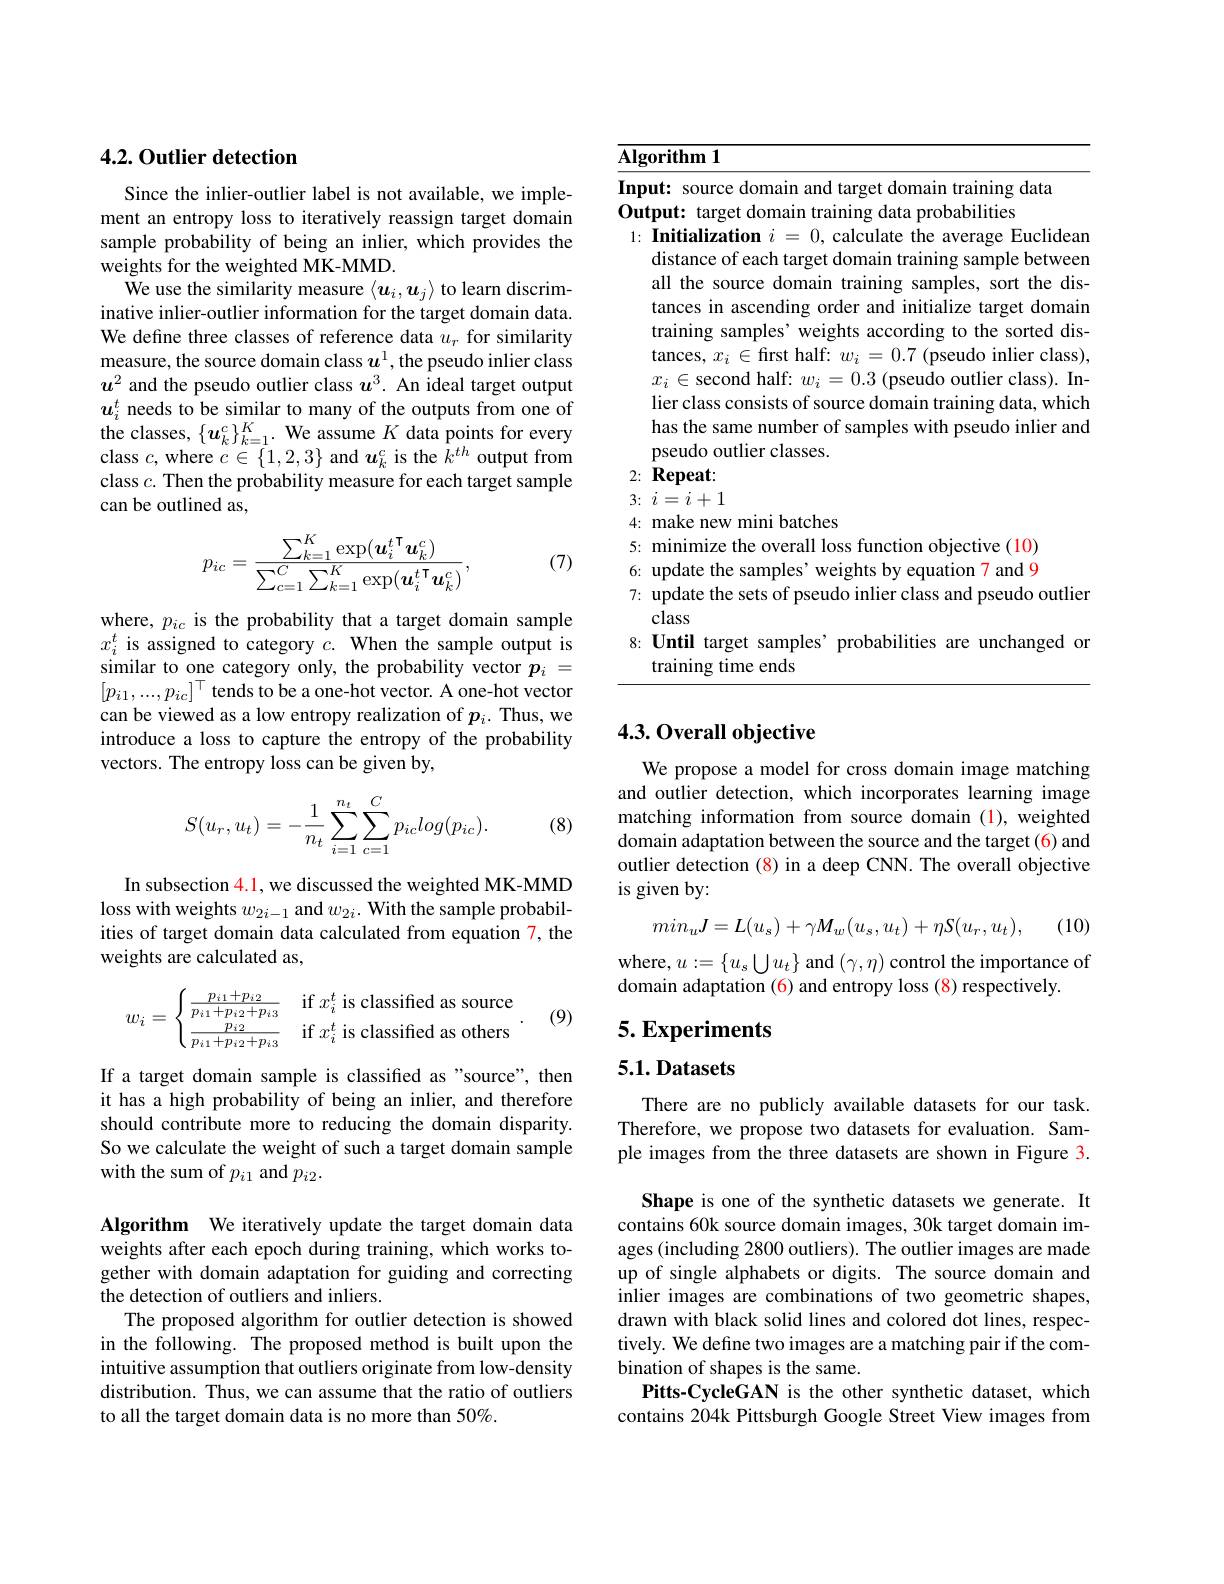
### 4.2. Outlier detection

Since the inlier-outlier label is not available, we implement an entropy loss to iteratively reassign target domain sample probability of being an inlier, which provides the weights for the weighted MK-MMD.
We use the similarity measure $\langle\boldsymbol u_i,\boldsymbol u_j\rangle$ to learn discriminative inlier-outlier information for the target domain data. We define three classes of reference data $u_r$ for similarity measure, the source domain class $u^1$, the pseudo inlier class $u^2$ and the pseudo outlier class $u^3.$ An ideal target output $\boldsymbol{u}_{i}^{t}$ needs to be similar to many of the outputs from one of the classes, $\{ \boldsymbol{u}_{k}^{c}\} _{k= 1}^{K}.$ We assume $K$ data points for every class $c$, where $c\in \{ 1, 2, 3\}$ and $\boldsymbol{u}_{k}^{c}$ is the $k^{th}$ output from class $c.$ Then the probability measure for each target sample can be outlined as,

(7)
$$p_{ic}=\frac{\sum_{k=1}^K\exp(\boldsymbol{u}_i^{t\:\mathsf{T}}\boldsymbol{u}_k^c)}{\sum_{c=1}^C\sum_{k=1}^K\exp(\boldsymbol{u}_i^{t\:\mathsf{T}}\boldsymbol{u}_k^c)},$$
where, $p_{ic}$ is the probability that a target domain sample $x_i^t$ is assigned to category $c.$ When the sample output is similar to one category only, the probability vector $p_i=$ $[p_{i1},...,p_{ic}]^\top$ tends to be a one-hot vector. A one-hot vector can be viewed as a low entropy realization of $p_i.$ Thus, we introduce a loss to capture the entropy of the probability vectors. The entropy loss can be given by,

(8)
$$\begin{aligned}S(u_r,u_t)=-\frac{1}{n_t}\sum_{i=1}^{n_t}\sum_{c=1}^{C}p_{ic}log(p_{ic}).\end{aligned}$$
In subsection 4.1, we discussed the weighted MK-MMD loss with weights $w_{2i-1}$ and $w_{2i}.$ With the sample probabilities of target domain data calculated from equation 7, the weights are calculated as,

(9)
$$w_i=\begin{cases}\frac{p_{i1}+p_{i2}}{p_{i1}+p_{i2}+p_{i3}}&\text{if}x_i^t\text{is classified as source}\\\frac{p_{i2}}{p_{i1}+p_{i2}+p_{i3}}&\text{if}x_i^t\text{is classified as others}\end{cases}.$$
If a target domain sample is classified as"source", then it has a high probability of being an inlier, and therefore should contribute more to reducing the domain disparity. So we calculate the weight of such a target domain sample with the sum of $p_{i1}$ and $p_{i2}.$

Algorithm We iteratively update the target domain data weights after each epoch during training, which works together with domain adaptation for guiding and correcting the detection of outliers and inliers.
The proposed algorithm for outlier detection is showed in the following. The proposed method is built upon the intuitive assumption that outliers originate from low-density distribution. Thus, we can assume that the ratio of outliers to all the target domain data is no more than 50%.

$\mathbf{Algorithm1}$

Input: source domain and target domain training data

Output: target domain training data probabilities
1: Initialization $i=0$, calculate the average Euclidean
distance of each target domain training sample between all the source domain training samples, sort the distances in ascending order and initialize target domain training samples' weights according to the sorted distances, $x_i\in$frst half: $w_i=0.7$ (pseudo inlier class), $x_i\in$second half: $w_i=0.3$ (pseudo outlier class). Inlier class consists of source domain training data, which has the same number of samples with pseudo inlier and pseudo outlier classes.
2: Repeat:

$3\nobreak {: } $ $i= i+ 1$
4: make new mini batches
5: minimize the overall loss function objective (10) 6: update the samples' weights by equation 7 and 97: update the sets of pseudo inlier class and pseudo outlier
class
8: Until target samples’ probabilities are unchanged or
training time ends

### 4.3.0verall objective

We propose a model for cross domain image matching and outlier detection, which incorporates learning image matching information from source domain (1), weighted domain adaptation between the source and the target (6) and outlier detection (8) in a deep CNN. The overall objective is given by:
$$min_uJ=L(u_s)+\gamma M_w(u_s,u_t)+\eta S(u_r,u_t),$$
(10)

where, $u:=\{u_s\bigcup u_t\}$ and $(\gamma,\eta)$ control the importance of

domain adaptation (6) and entropy loss (8) respectively.

5. Experiments

# 5.1. Datasets

There are no publicly available datasets for our task. Therefore, we propose two datasets for evaluation. Sample images from the three datasets are shown in Figure 3.

Shape is one of the synthetic datasets we generate. It contains 60k source domain images, 30k target domain images (including 2800 outliers). The outlier images are made up of single alphabets or digits. The source domain and inlier images are combinations of two geometric shapes, drawn with black solid lines and colored dot lines, respectively. We define two images are a matching pair if the combination of shapes is the same.
Pitts-CycleGAN is the other synthetic dataset, which contains 204k Pittsburgh Google Street View images from